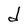
Character: d